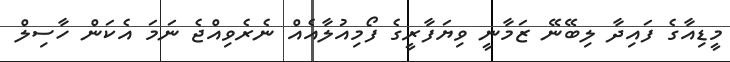
މީޑިއާގެ ފައިދާ ލިބޭނޭ ޒަމާނީ ވިޔަފާރީގެ ފޯމިއުލާއެއް ނެރެވިއްޖެ ނަމަ އެކަން ހާސިލް